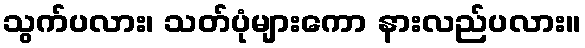
သွက်ပလား၊ သတ်ပုံများကော နားလည်ပလား။